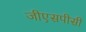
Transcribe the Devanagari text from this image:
जीएसपीसी